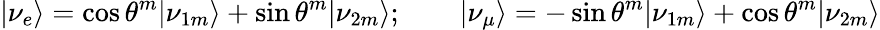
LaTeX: |\nu_{e}\rangle=\cos\theta^{m}|\nu_{1m}\rangle+\sin\theta^{m}|\nu_{2m}\rangle;\qquad|\nu_{\mu}\rangle=-\sin\theta^{m}|\nu_{1m}\rangle+\cos\theta^{m}|\nu_{2m}\rangle